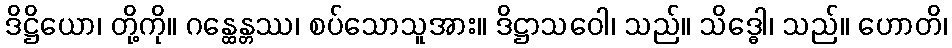
ဒိဋ္ဌိယော၊ တို့ကို။ ဂန္ထေန္တဿ၊ စပ်သောသူအား။ ဒိဋ္ဌာသဝေါ၊ သည်။ သိဒ္ဓေါ၊ သည်။ ဟောတိ၊